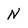
Character: N